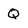
Character: q